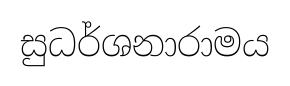
සුධර්ශනාරාමය